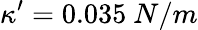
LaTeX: \kappa^{\prime}=0.035\ N/m